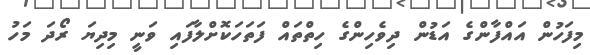
މިފަހުން އައްފާންގެ އަޑުން ދިވެހިންގެ ހިތްތައް ފަތަހަކޮށްލާފައި ވަނީ މިދިޔަ ރޯދަ މަހު